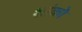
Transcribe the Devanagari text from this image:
शांको